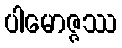
ပါမောဇ္ဇဿ